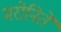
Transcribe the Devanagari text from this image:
मरोनिते